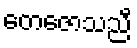
တေဇောသညီ